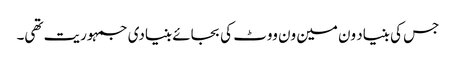
جس کی بنیاد ون مین ون ووٹ کی بجائے بنیادی جمہوریت تھی۔